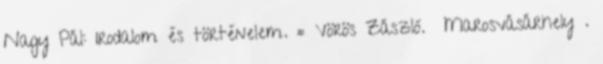
Nagy Pál: Irodalom és történelem. = Vörös Zászló. Marosvásárhely .